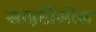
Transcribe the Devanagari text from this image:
साइटोसोल